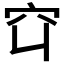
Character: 𬔅